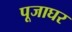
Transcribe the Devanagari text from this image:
पूजाघर